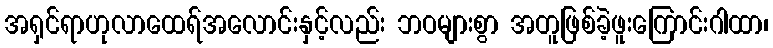
အရှင်ရာဟုလာထေရ်အလောင်းနှင့်လည်း ဘဝများစွာ အတူဖြစ်ခဲ့ဖူးကြောင်းဂါထာ၊